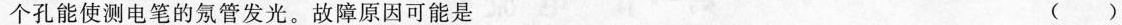
个孔能使测电笔的氖管发光。故障原因可能是 ()